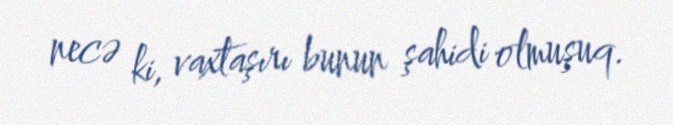
necə ki, vaxtaşırı bunun şahidi olmuşuq.